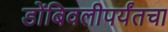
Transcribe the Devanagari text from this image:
डोंबिवलीपर्यंतचा